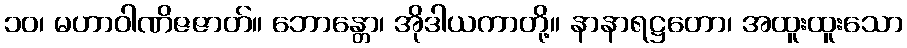
၁၀၊ မဟာဝါဏိဇဇာတ်။ ဘောန္တော၊ အိုဒါယကာတို့။ နာနာရဋ္ဌတော၊ အထူးထူးသော